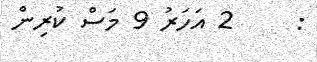
:     2 އަހަރު 9 މަސް ކުރިން